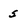
Character: s